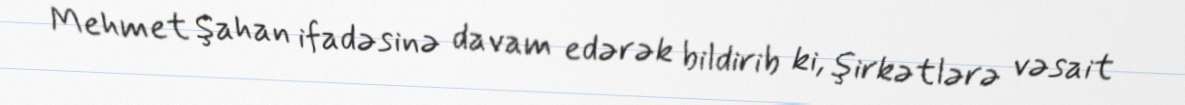
Mehmet Şahan ifadəsinə davam edərək bildirib ki, şirkətlərə vəsait